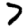
Digit: 7